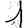
Digit: 1